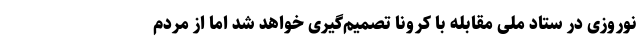
نوروزی در ستاد ملی مقابله با کرونا تصمیم‌گیری خواهد شد اما از مردم